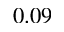
0 . 0 9